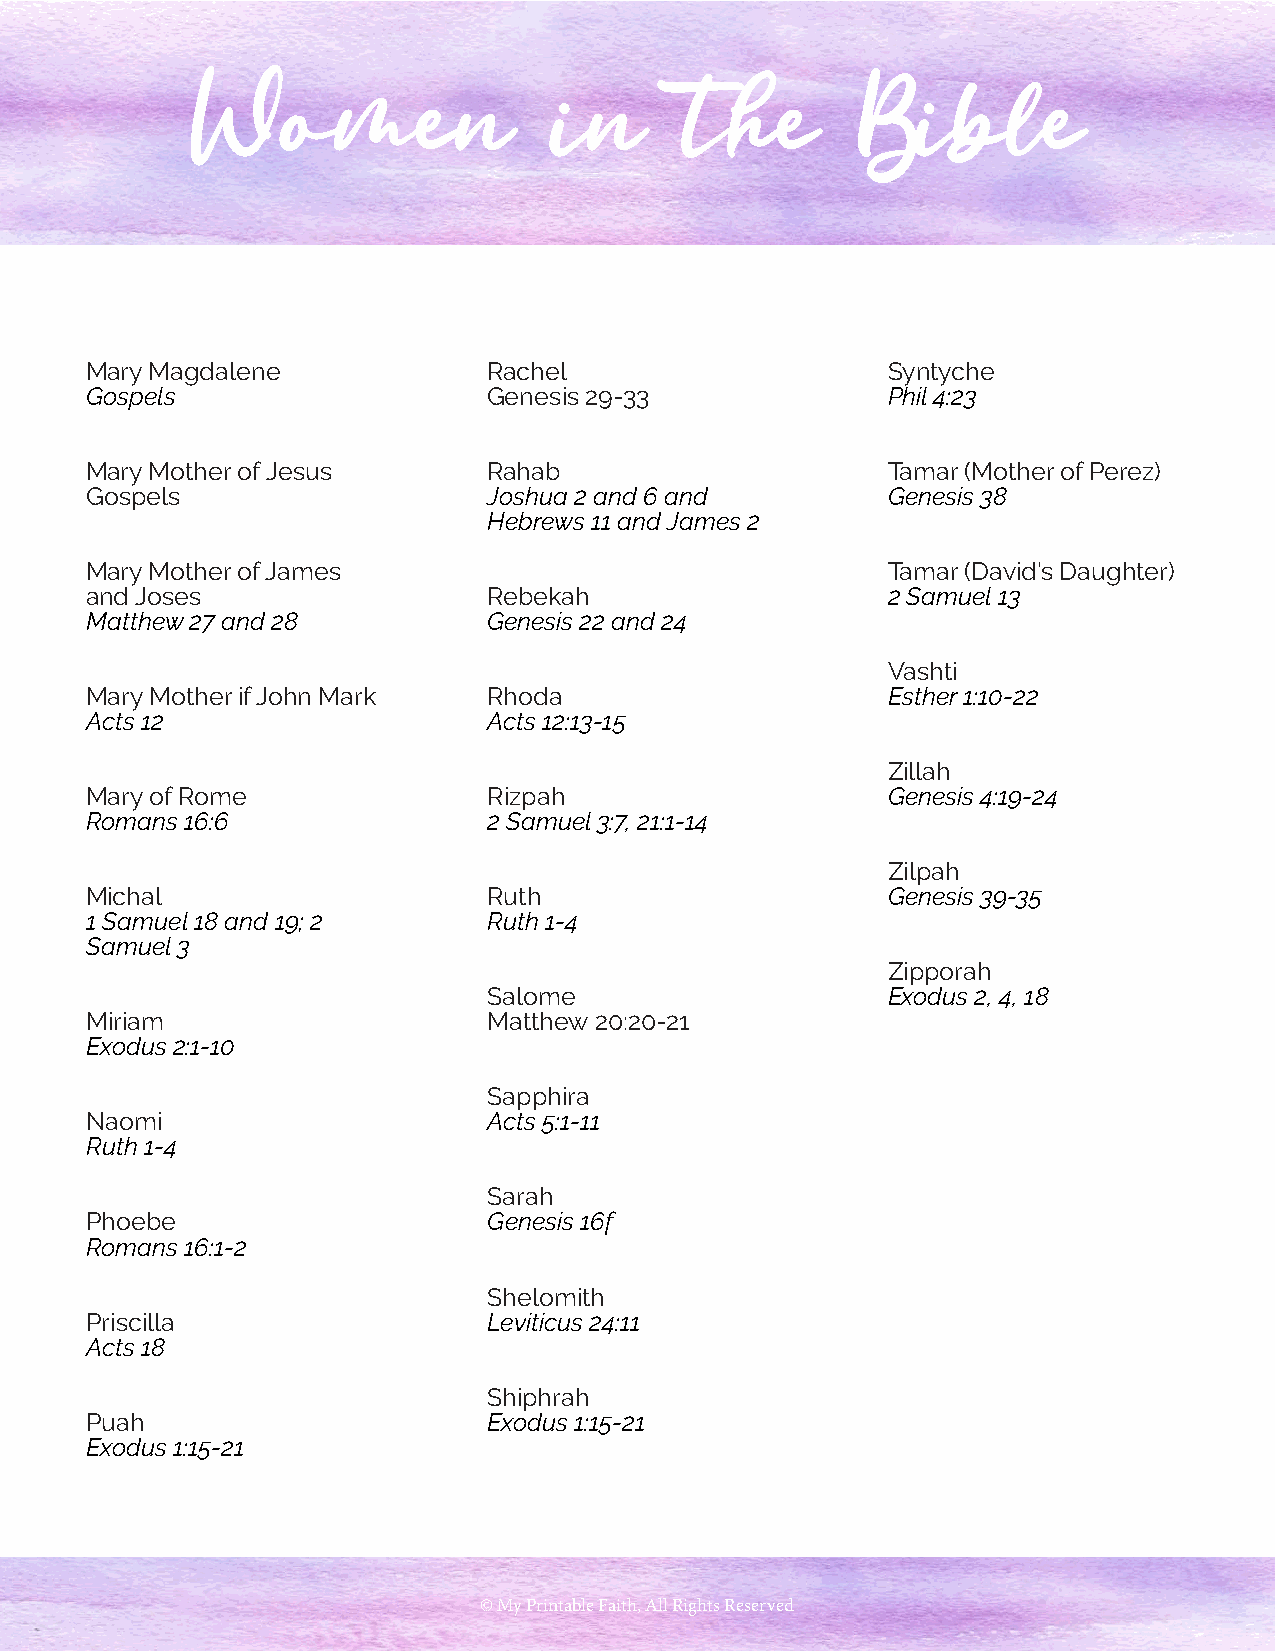
Women                   in      the         Bible
 Mary Magdalene            Rachel                     Syntyche
 Gospels                   Genesis 29-33              Phil 4:23
 Mary Mother of Jesus      Rahab                      Tamar (Mother of Perez)
 Gospels                   Joshua 2 and 6 and         Genesis 38
 Hebrews 11 and James 2
 Mary Mother of James                                 Tamar (David’s Daughter)
 and Joses                 Rebekah                    2 Samuel 13
 Matthew 27 and 28         Genesis 22 and 24
 Vashti
 Mary Mother if John Mark  Rhoda                      Esther 1:10-22
 Acts 12                   Acts 12:13-15
 Zillah
 Mary of Rome              Rizpah                     Genesis 4:19-24
 Romans 16:6               2 Samuel 3:7, 21:1-14
 Zilpah
 Michal                    Ruth                       Genesis 39-35
 1 Samuel 18 and 19; 2     Ruth 1-4
 Samuel 3
 Zipporah
 Salome                     Exodus 2, 4, 18
 Miriam                    Matthew 20:20-21
 Exodus 2:1-10
 Sapphira
 Naomi                     Acts 5:1-11
 Ruth 1-4
 Sarah
 Phoebe                    Genesis 16f
 Romans 16:1-2
 Shelomith
 Priscilla                 Leviticus 24:11
 Acts 18
 Shiphrah
 Puah                      Exodus 1:15-21
 Exodus 1:15-21
 © My Printable Faith, All Rights Reserved